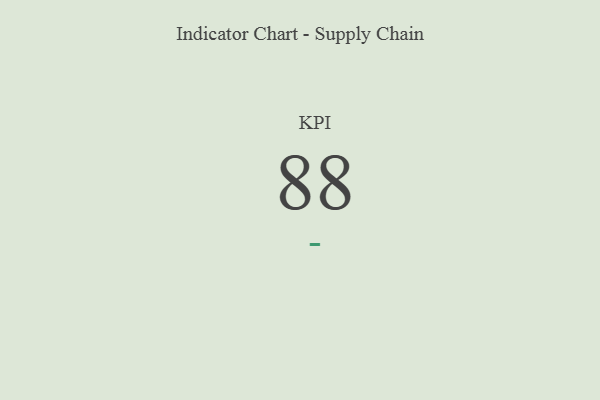
{"axis": {"x": "KPI", "y": "Value"}, "legend": [""], "data": [{"x": "KPI", "y": 88, "type": ""}]}